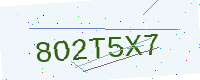
Text: 8O2T5X7